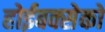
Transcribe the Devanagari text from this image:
होईबक्सेको